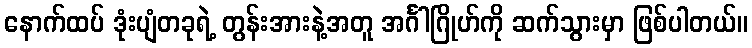
နောက်ထပ် ဒုံးပျံတခုရဲ့ တွန်းအားနဲ့အတူ အင်္ဂါဂြိုဟ်ကို ဆက်သွားမှာ ဖြစ်ပါတယ်။